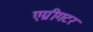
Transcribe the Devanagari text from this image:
एग्रीगटर